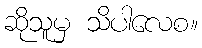
ဆိုသူမှ သိပါလေစ။